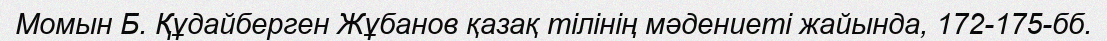
Момын Б. Құдайберген Жұбанов қазақ тілінің мәдениеті жайында, 172-175-бб.